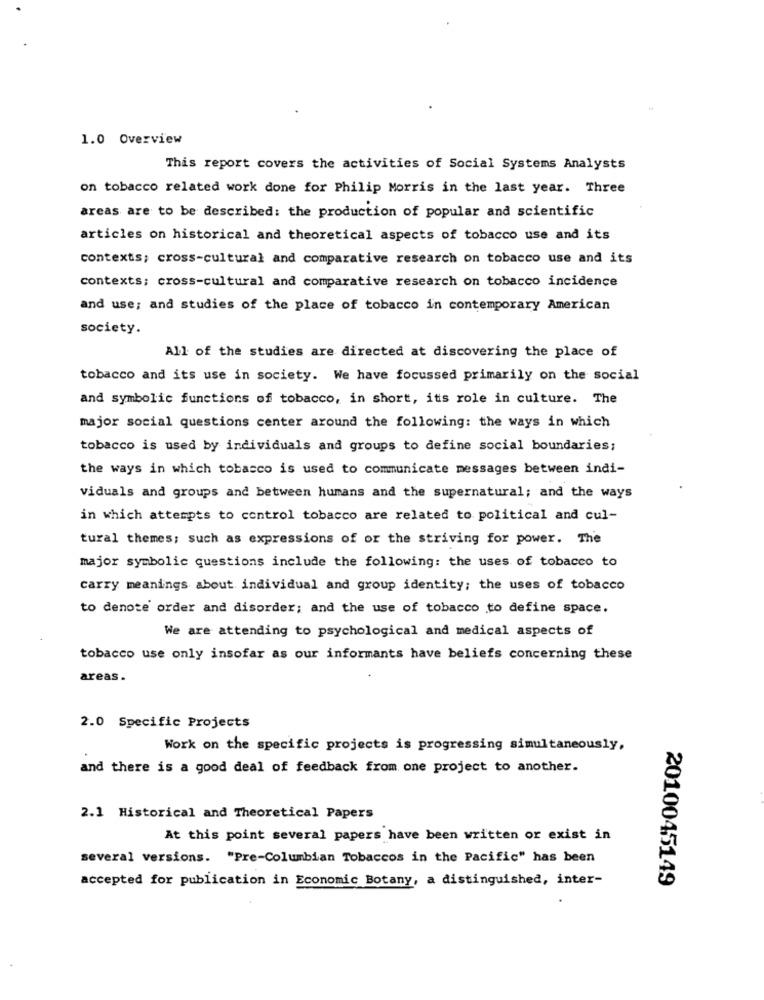
1.0 Overview
This report covers the activities of Social Systems Analysts
on tobacco related work done for Philip Morris in the last year. Three
areas are to be described: the production of popular and scientific
articles on historical and theoretical aspects of tobacco use and its
contexts; cross-cultural and comparative research on tobacco use and its
contexts; cross-cultural and comparative research on tobacco incidence
and use; and studies of the place of tobacco in contemporary American
society.
All of the studies are directed at discovering the place of
tobacco and its use in society. We have focussed primarily on the social
and symbolic functions of tobacco, in short, its role in culture. The
major social questions center around the following: the ways in which
tobacco is used by individuals and groups to define social boundaries;
the ways in which tobacco is used to communicate messages between indi-
viduals and groups and between humans and the supernatural; and the ways
in which attempts to control tobacco are related to political and cul-
tural themes; such as expressions of or the striving for power. The
major symbolic questions include the following: the uses of tobacco to
carry meanings about individual and group identity; the uses of tobacco
to denote order and disorder; and the use of tobacco to define space.
We are attending to psychological and medical aspects of
tobacco use only insofar as our informants have beliefs concerning these
areas .
2.0 Specific Projects
Work on the specific projects is progressing simultaneously,
and there is a good deal of feedback from one project to another.
2.1 Historical and Theoretical Papers
At this point several papers have been written or exist in
several versions. "Pre-Columbian Tobaccos in the Pacific" has been
accepted for publication in Economic Botany, a distinguished, inter-
2010045149